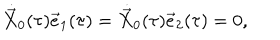
\dot { \vec { X } } _ { 0 } ( \tau ) \vec { e } _ { 1 } ( \tau ) = \dot { \vec { X } } _ { 0 } ( \tau ) \vec { e } _ { 2 } ( \tau ) = 0 ,